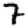
Digit: 7